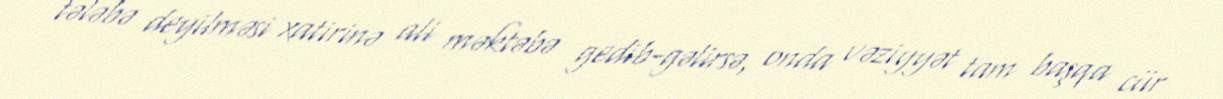
tələbə deyilməsi xatirinə ali məktəbə gedib-gəlirsə, onda vəziyyət tam başqa cür